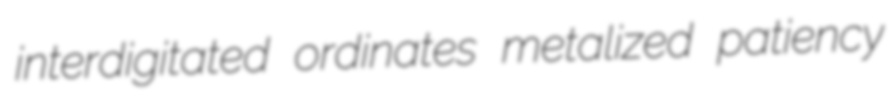
interdigitated ordinates metalized patiency